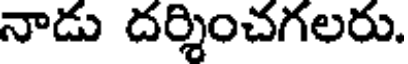
నాడు దర్శించగలరు.